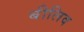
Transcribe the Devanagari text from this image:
बीलिव